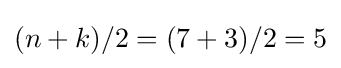
(n+k)/2=(7+3)/2=5